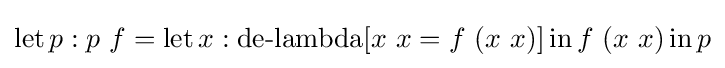
\operatorname {let} p:p\ f=\operatorname {let} x:\operatorname {de-lambda} [x\ x=f\ (x\ x)]\operatorname {in} f\ (x\ x)\operatorname {in} p